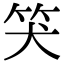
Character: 𥬇